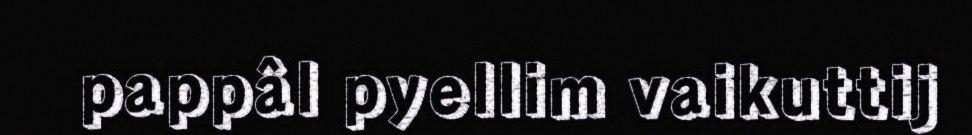
pappâl pyellim vaikuttij